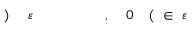
\! \! \! \! \! \! \! \! \! \! \! \varepsilon \! \! \! \! \! \! \! \! \! \! \! \! \in \! \! \! \! \! \! \! \! \! \! \! \! ( \! \! \! \! \! \! \! \! \! \! \! \! 0 \! \! \! \! \! \! \! \! \! \! \! \! , \! \! \! \! \! \! \! \! \! \! \! \! \overline { \! } \! \! \! \! \! \! \! \! \! \! \! \! \! \! \! \! \! \! \! \! \! \! \! \varepsilon \! \! \! \! \! \! \! \! \! \! \! \! ) \! \! \! \! \! \! \! \! \! \! \!